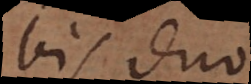
bis duo